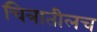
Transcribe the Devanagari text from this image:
चित्रातीलच